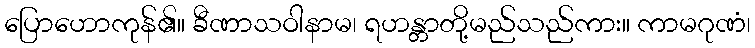
ပြောဟောကုန်၏။ ခီဏာသဝါနာမ၊ ရဟန္တာတို့မည်သည်ကား။ ကာမဂုဏံ၊